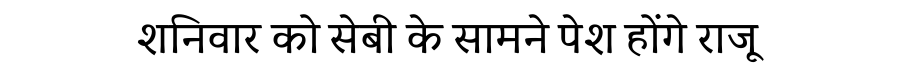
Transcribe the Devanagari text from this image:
शनिवार को सेबी के सामने पेश होंगे राजू